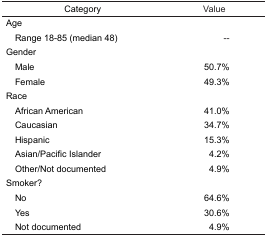
<table><thead><tr><td><b>Category</b></td><td><b>Value</b></td></tr></thead><tbody><tr><td colspan="2">Age</td></tr><tr><td> Range 18–85 (median 48)</td><td>--</td></tr><tr><td colspan="2">Gender</td></tr><tr><td> Male</td><td>50.7%</td></tr><tr><td> Female</td><td>49.3%</td></tr><tr><td colspan="2">Race</td></tr><tr><td> African American</td><td>41.0%</td></tr><tr><td> Caucasian</td><td>34.7%</td></tr><tr><td> Hispanic</td><td>15.3%</td></tr><tr><td> Asian/Pacific Islander</td><td>4.2%</td></tr><tr><td> Other/Not documented</td><td>4.9%</td></tr><tr><td colspan="2">Smoker?</td></tr><tr><td> No</td><td>64.6%</td></tr><tr><td> Yes</td><td>30.6%</td></tr><tr><td> Not documented</td><td>4.9%</td></tr></tbody></table>